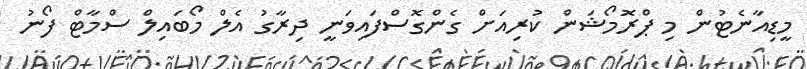
މީޑިއާނެޓުން މި ޕްރޮމޯޝަން ކުރިއަށް ގެންގޮސްފައިވަނީ ދިރާގު އެލް މޯބައިލް ސްމާޓް ފޯނު